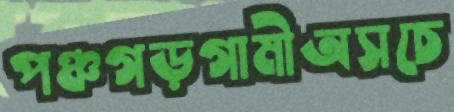
পঞ্চগড়গামীঅসচে